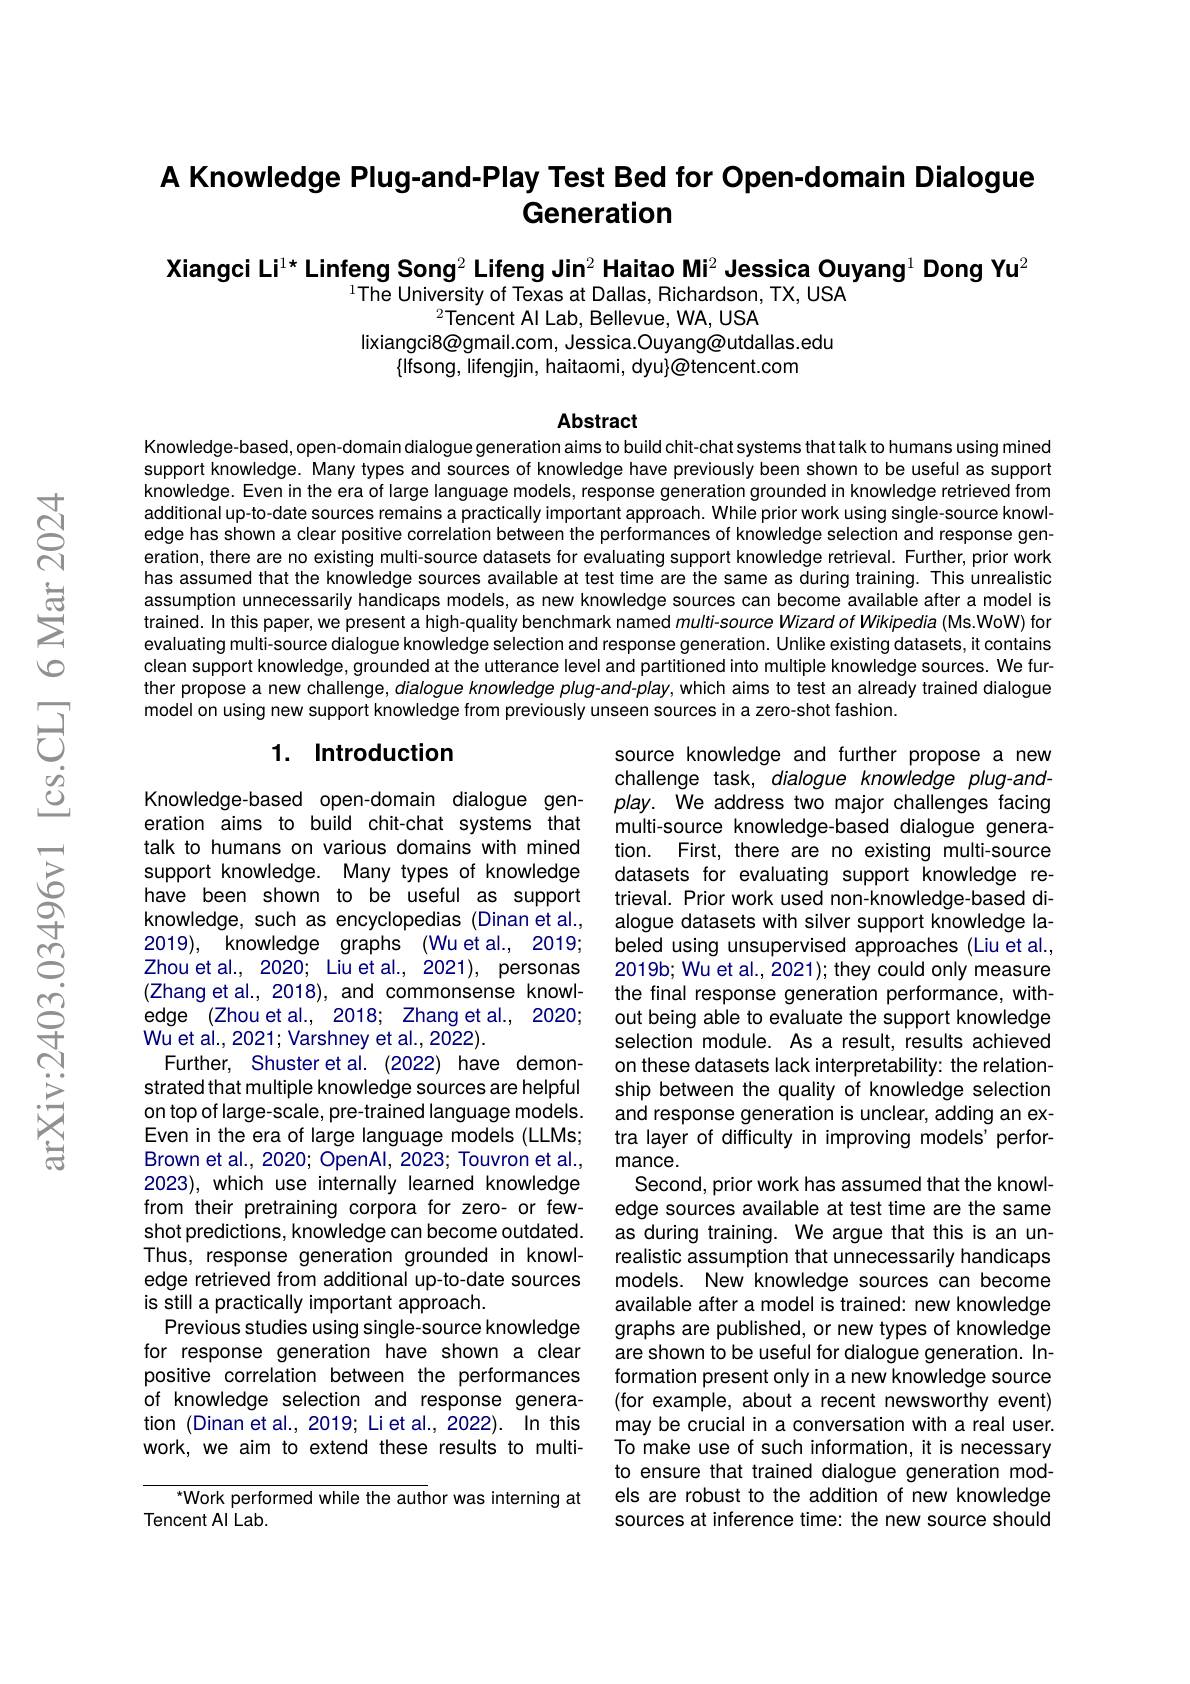
## A Knowledge Plug-and-Play Test Bed for Open-domain Dialogue Generation

Xiangci Li$^{1\star}$ Linfeng Song$^2\textbf{Lifeng Jin}^2\textbf{Haitao Mi}^2\textbf{Jessica Ouyang}^1\textbf{Dong Yu}^2$

$^{1}$The University of Texas at Dallas, Richardson, TX, USA
$^{2}$Tencent Al Lab, Bellevue, WA, USA
lixiangci8@gmail.com, Jessica.Ouyang@utdallas.edu
$\{|$fsong, lifengjin, haitaomi, dyu$\}\textcircled{\text{@tencent.com}}$

Abstract

Knowledge-based, open-domain dialogue generation aims to build chit-chat systems that talk to humans using mined support knowledge. Many types and sources of knowledge have previously been shown to be useful as support knowledge. Even in the era of large language models, response generation grounded in knowledge retrieved from additional up-to-date sources remains a practically important approach. While prior work using single-source knowledge has shown a clear positive correlation between the performances of knowledge selection and response generation, there are no existing multi-source datasets for evaluating support knowledge retrieval. Further, prior work has assumed that the knowledge sources available at test time are the same as during training. This unrealistic assumption unnecessarily handicaps models, as new knowledge sources can become available after a model is trained. In this paper, we present a high-quality benchmark named $multi-source$ Wizard of Wikipedia (Ms.WoW) for evaluating multi-source dialogue knowledge selection and response generation. Unlike existing datasets, it contains clean support knowledge, grounded at the utterance level and partitioned into multiple knowledge sources. We further propose a new challenge, dialogue knowledge plug-and-play, which aims to test an already trained dialogue model on using new support knowledge from previously unseen sources in a zero-shot fashion.

### 1. Introduction

Knowledge-based open-domain dialogue generation aims to build chit-chat systems that talk to humans on various domains with mined support knowledge. Many types of knowledge have been shown to be useful as support knowledge, such as encyclopedias (Dinan et al., 2019), knowledge graphs (Wuetal., 2019; Zhou et al., 2020; Liu et al., 2021), personas (Zhang et al., 2018), and commonsense knowledge (Zhou et al., 2018; Zhang et al., 2020; Wu et al., 2021; Varshney et al., 2022).
Further, Shuster et al. (2022) have demonstrated that multiple knowledge sources are helpful on top of large-scale, pre-trained language models. Even in the era of large language models (LLMs; Brown et al., 2020; OpenAl, 2023; Touvron et al., 2023), which use internally learned knowledge from their pretraining corpora for zero- or fewshot predictions, knowledge can become outdated. Thus, response generation grounded in knowledge retrieved from additional up-to-date sources is still a practically important approach.
Previous studies using single-source knowledge for response generation have shown a clear positive correlation between the performances of knowledge selection and response generation (Dinan et al., 2019; Li et al., 2022). In this work, we aim to extend these results to multi-

source knowledge and further propose a new challenge task, dialogue knowledge plug-andplay. We address two major challenges facing multi-source knowledge-based dialogue generation. First, there are no existing multi-source datasets for evaluating support knowledge retrieval. Prior work used non-knowledge-based dialogue datasets with silver support knowledge labeled using unsupervised approaches (Liu et al., 2019b; Wu et al., 2021); they could only measure the final response generation performance, without being able to evaluate the support knowledge selection module. As a result, results achieved on these datasets lack interpretability: the relationship between the quality of knowledge selection and response generation is unclear, adding an extra layer of difficulty in improving models' performance.
Second, prior work has assumed that the knowledge sources available at test time are the same as during training. We argue that this is an unrealistic assumption that unnecessarily handicaps models. New knowledge sources can become available after a model is trained: new knowledge graphs are published, or new types of knowledge are shown to be useful for dialogue generation. Information present only in a new knowledge source (for example, about a recent newsworthy event) may be crucial in a conversation with a real user. To make use of such information, it is necessary to ensure that trained dialogue generation models are robust to the addition of new knowledge sources at inference time: the new source should

"Work performed while the author was interning at
Tencent AI Lab.